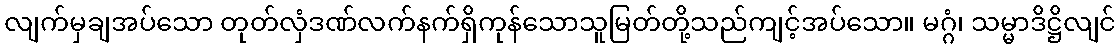
လျက်မှချအပ်သော တုတ်လှံဒဏ်လက်နက်ရှိကုန်သောသူမြတ်တို့သည်ကျင့်အပ်သော။ မဂ္ဂံ၊ သမ္မာဒိဋ္ဌိလျင်